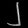
Digit: ၂